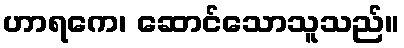
ဟာရကေ၊ ဆောင်သောသူသည်။